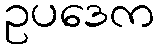
ဥပဒေက